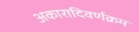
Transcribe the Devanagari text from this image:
अकारादिवर्णक्रम